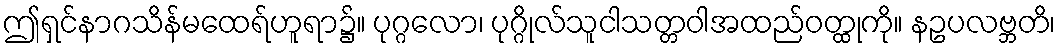
ဤရှင်နာဂသိန်မထေရ်ဟူရာ၌။ ပုဂ္ဂလော၊ ပုဂ္ဂိုလ်သူငါသတ္တဝါအထည်ဝတ္ထုကို။ နဥပလဗ္ဘတိ၊